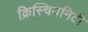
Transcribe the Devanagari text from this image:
क्रिस्चियनिटी